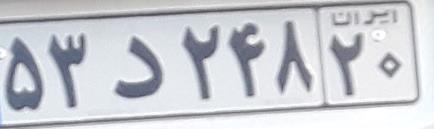
۵۳د۲۴۸۲۰